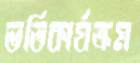
ভর্তিকার্যক্রম